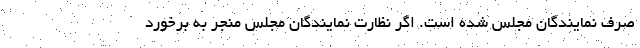
صرف نمایندگان مجلس شده است. اگر نظارت نمایندگان مجلس منجر به برخورد